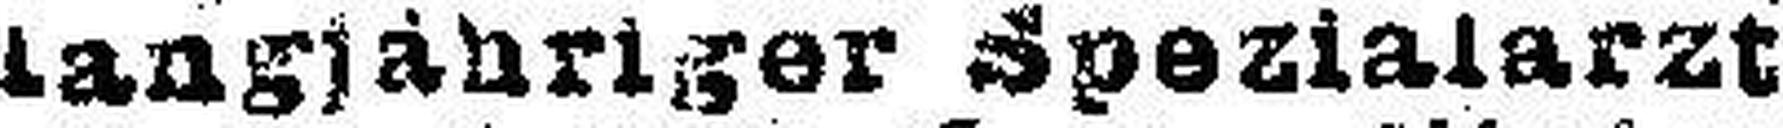
langjähriger Spezialarzt